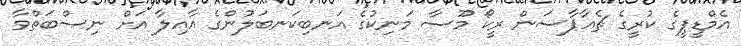
އެމްޑީޕީގެ ކުރީގެ ޗެއާޕާސަން ރީކޯ މޫސާ މަނިކުގެ އަނބިކަނބަލުންގެ އާއިލާ އަށް ނިސްބަތްވާ